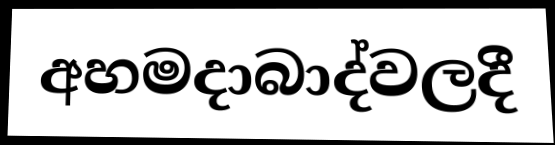
අහමදාබාද්වලදී